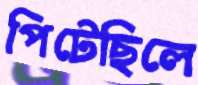
পিটেছিলে